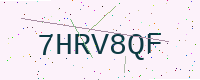
Text: 7HRV8QF